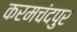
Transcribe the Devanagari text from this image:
करमचंदपुर